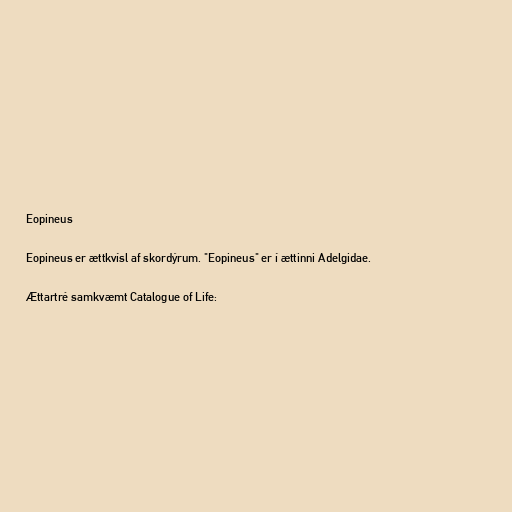
Eopineus

Eopineus er ættkvísl af skordýrum. "Eopineus" er í ættinni Adelgidae.

Ættartré samkvæmt Catalogue of Life: